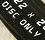
OISC ONLY